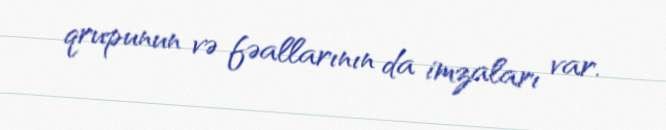
qrupunun və fəallarının da imzaları var.